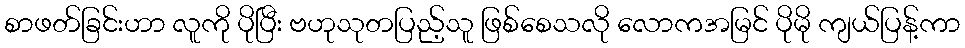
စာဖတ်ခြင်းဟာ လူကို ပိုပြီး ဗဟုသုတပြည့်သူ ဖြစ်စေသလို လောကအမြင် ပိုမို ကျယ်ပြန့်ကာ